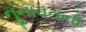
નૂનાવતનો